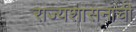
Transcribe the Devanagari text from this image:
राज्यशासनाची